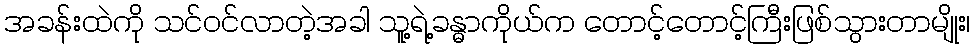
အခန်းထဲကို သင်ဝင်လာတဲ့အခါ သူ့ရဲ့ခန္ဓာကိုယ်က တောင့်တောင့်ကြီးဖြစ်သွားတာမျိုး၊